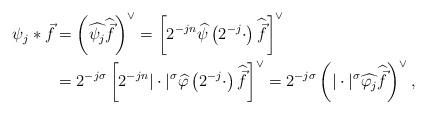
LaTeX: \begin{align*}\psi_j*\vec f&=\left(\widehat{\psi_j}\widehat{\vec f}\right)^\vee=\left[ 2^{-jn}\widehat{\psi}\left( 2^{-j}\cdot\right)\widehat{\vec f}\right]^\vee \\&=2^{-j\sigma}\left[ 2^{-jn} |\cdot|^\sigma\widehat{\varphi}\left( 2^{-j}\cdot\right)\widehat{\vec f}\right]^\vee=2^{-j\sigma}\left( |\cdot|^\sigma\widehat{\varphi_j}\widehat{\vec f}\right)^\vee,\end{align*}